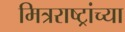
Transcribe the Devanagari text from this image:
मित्रराष्ट्रांच्या